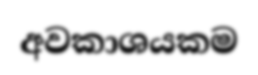
අවකාශයකම